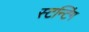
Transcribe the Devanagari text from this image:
स्टन्टिंग